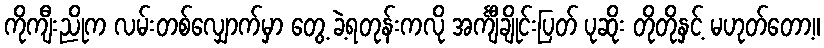
ကိုကျီးညိုက လမ်းတစ်လျှောက်မှာ တွေ့ ခဲ့ရတုန်းကလို အင်္ကျီချိုင်းပြတ် ပုဆိုး တိုတိုနှင့် မဟုတ်တော့။